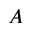
A